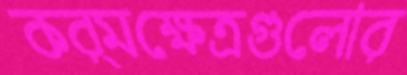
কর্মক্ষেত্রগুলোর